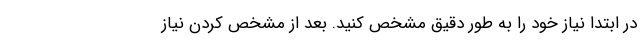
در ابتدا نیاز خود را به طور دقیق مشخص کنید. بعد از مشخص کردن نیاز